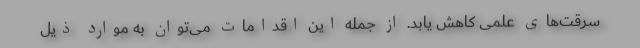
سرقت‌های علمی کاهش یابد. از جمله این اقدامات می‌توان به موارد ذیل